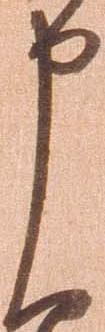
申